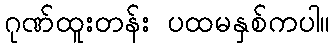
ဂုဏ်ထူးတန်း ပထမနှစ်ကပါ။